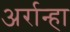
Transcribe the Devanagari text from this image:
अर्रान्हा